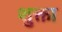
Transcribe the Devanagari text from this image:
शुक्ता